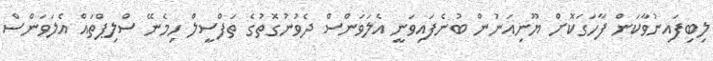
ލިބިފައިނުވާކަން ފާހަގަކޮށް ޔޫނިއަނުން ބުނެފައިވަނީ އެލަވަންސް ދެވުނުގޮތުގެ ތަފްސީލް ހިމެނޭ ސްލިޕްތައް އެލަވަންސް